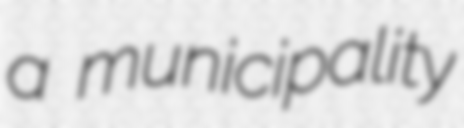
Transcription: a municipality